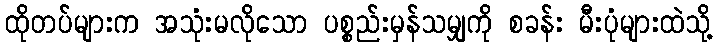
ထိုတပ်များက အသုံးမလိုသော ပစ္စည်းမှန်သမျှကို စခန်း မီးပုံများထဲသို့